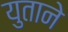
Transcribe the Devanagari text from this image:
युताने